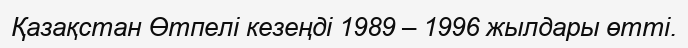
Қазақстан Өтпелі кезеңді 1989 – 1996 жылдары өтті.